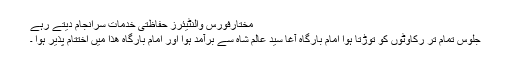
مختارفورس والنٹیئرز حفاظتی خدمات سرانجام دیتے رہے
جلوس تمام تر رکاوٹوں کو توڑتا ہوا امام بارگاہ آغا سید عالم شاہ سے برآمد ہوا اور امام بارگاہ ھذا میں اختتام پذیر ہوا ۔